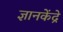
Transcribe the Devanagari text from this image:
ज्ञानकेंद्रे